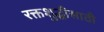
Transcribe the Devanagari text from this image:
रक्तशुद्धीसाठी